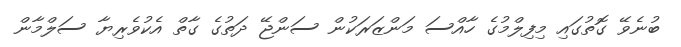
ބުނެވޭ ގޮތުގައި މިފިލްމުގެ ހާއްސަ މަންޒަރަކުން ސަންޖޭ ދަތުގެ ގާތް އެކުވެރިޔާ ސަލްމާން